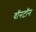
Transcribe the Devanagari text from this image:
वॉनटॉन